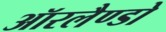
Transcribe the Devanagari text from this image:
ऑरलैण्डो